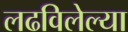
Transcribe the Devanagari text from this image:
लढविलेल्या